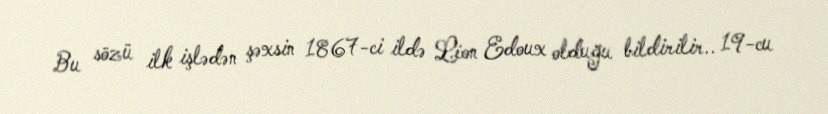
Bu sözü ilk işlədən şəxsin 1867-ci ildə Léon Edoux olduğu bildirilir.. 19-cu